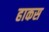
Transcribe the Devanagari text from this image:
हाकस